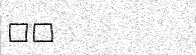
٩٨